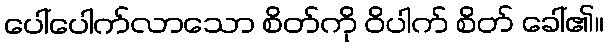
ပေါ်ပေါက်လာသော စိတ်ကို ဝိပါက် စိတ် ခေါ်၏။